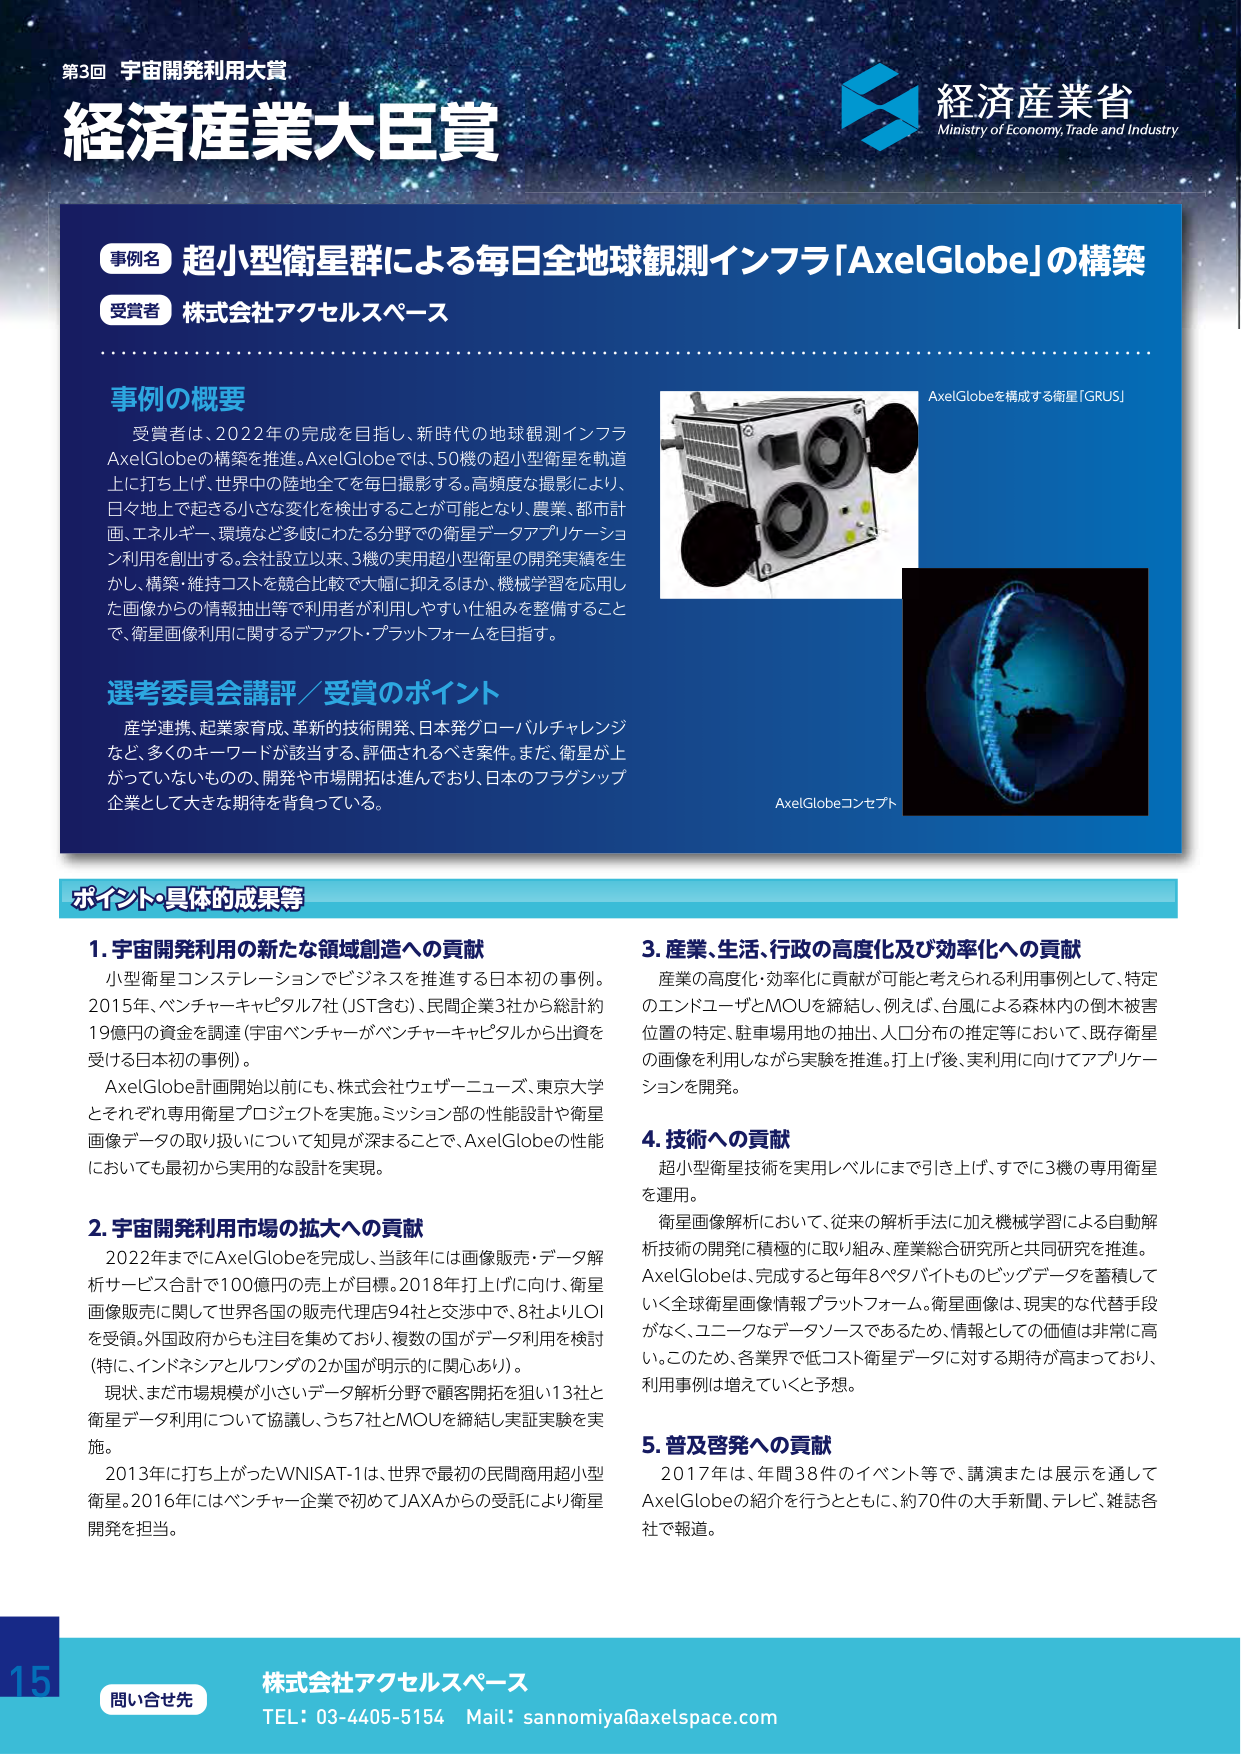
第3回 宇宙開発利用大賞
経済産業大臣賞
経済産業省
Ministry of Economy, Trade and Industry

事例名 超小型衛星群による毎日全地球観測インフラ「AxelGlobe」の構築
受賞者 株式会社アクセルスペース

事例の概要
受賞者は、2022年の完成を目指し、新時代の地球観測インフラAxelGlobeの構築を推進。AxelGlobeでは、50機の超小型衛星を軌道上に打ち上げ、世界中の陸地全てを毎日撮影する。高頻度な撮影により、日々地上で起きる小さな変化を検出することが可能となり、農業、都市計画、エネルギー、環境など多岐にわたる分野での衛星データアプリケーション利用を創出する。会社設立以来、3機の実用超小型衛星の開発実績を生かし、構築・維持コストを競合比較で大幅に抑えるほか、機械学習を応用した画像からの情報抽出等で利用者が利用しやすい仕組みを整備することで、衛星画像利用に関するデファクト・プラットフォームを目指す。

選考委員会講評／受賞のポイント
産学連携、起業家育成、革新的技術開発、日本発グローバルチャレンジなど、多くのキーワードが該当する、評価されるべき案件。まだ、衛星が上がってないものの、開発や市場開拓は進んでおり、日本のフラグシップ企業として大きな期待を背負っている。

AxelGlobeを構成する衛星「GRUS」
AxelGlobeコンセプト

ポイント・具体的成果等

1. 宇宙開発利用の新たな領域創造への貢献
小型衛星コンステレーションでビジネスを推進する日本初の事例。2015年、ベンチャーキャピタル7社（JST含む）、民間企業3社から総計約19億円の資金を調達（宇宙ベンチャーがベンチャーキャピタルから出資を受ける日本初の事例）。
AxelGlobe計画開始以前にも、株式会社ウェザーニューズ、東京大学とそれぞれ専用衛星プロジェクトを実施。ミッション部の性能設計や衛星画像データの取り扱いについて知見が深まることで、AxelGlobeの性能においても最初から実用的な設計を実現。

2. 宇宙開発利用市場の拡大への貢献
2022年までにAxelGlobeを完成し、当該年には画像販売・データ解析サービス合計で100億円の売上が目標。2018年打ち上げに向け、衛星画像販売に関して世界各国の販売代理店94社と交渉中で、8社よりLOIを受領。外国政府からも注目を集めており、複数の国がデータ利用を検討（特に、インドネシアとルワンダの2か国が明示的に関心あり）。
現状、まだ市場規模が小さいデータ解析分野で顧客開拓を狙い13社と衛星データ利用について協議し、うち7社とMOUを締結し実証実験を実施。
2013年に打ち上げたWNISAT-1は、世界で最初の民間商用超小型衛星。2016年にはベンチャー企業で初めてJAXAからの受託により衛星開発を担当。

3. 産業、生活、行政の高度化及び効率化への貢献
産業の高度化・効率化に貢献が可能と考えられる利用事例として、特定のエンドユーザとMOUを締結し、例えば、台風による森林内の倒木被害位置の特定、駐車場用地の抽出、人口分布の推定等において、既存衛星の画像を利用しながら実験を推進。打ち上げ後、実利用に向けてアプリケーションを開発。

4. 技術への貢献
超小型衛星技術を実用レベルにまで引き上げ、すでに3機の専用衛星を運用。
衛星画像解析において、従来の解析手法に加え機械学習による自動解析技術の開発に積極的に取り組み、産業総合研究所と共同研究を推進。AxelGlobeは、完成すると毎年8ペタバイトものビッグデータを蓄積していく全球衛星画像情報プラットフォーム。衛星画像は、現実的な代替手段がなく、ユニークなデータソースであるため、情報としての価値は非常に高い。このため、各業界で低コスト衛星データに対する期待が高まっており、利用事例は増えていくと予想。

5. 普及啓発への貢献
2017年は、年間38件のイベント等で、講演または展示を通してAxelGlobeの紹介を行うとともに、約70件の大手新聞、テレビ、雑誌各社で報道。

15
問い合わせ先
株式会社アクセルスペース
TEL: 03-4405-5154 Mail: sannomiya@axelspace.com